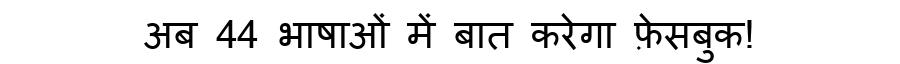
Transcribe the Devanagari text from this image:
अब 44 भाषाओं में बात करेगा फ़ेसबुक!